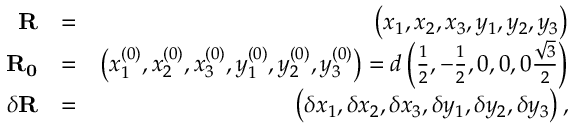
\begin{array} { r l r } { \mathbf { R } } & { = } & { \left( x _ { 1 } , x _ { 2 } , x _ { 3 } , y _ { 1 } , y _ { 2 } , y _ { 3 } \right) } \\ { \mathbf { R _ { 0 } } } & { = } & { \left( x _ { 1 } ^ { ( 0 ) } , x _ { 2 } ^ { ( 0 ) } , x _ { 3 } ^ { ( 0 ) } , y _ { 1 } ^ { ( 0 ) } , y _ { 2 } ^ { ( 0 ) } , y _ { 3 } ^ { ( 0 ) } \right) = d \left( \frac { 1 } { 2 } , - \frac { 1 } { 2 } , 0 , 0 , 0 \frac { \sqrt { 3 } } { 2 } \right) } \\ { \delta \mathbf { R } } & { = } & { \left( \delta x _ { 1 } , \delta x _ { 2 } , \delta x _ { 3 } , \delta y _ { 1 } , \delta y _ { 2 } , \delta y _ { 3 } \right) , } \end{array}